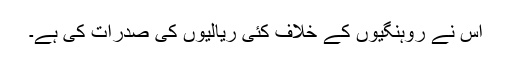
اس نے روہنگیوں کے خلاف کئی ریالیوں کی صدرات کی ہے۔